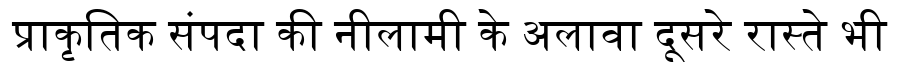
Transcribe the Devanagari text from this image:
प्राकृतिक संपदा की नीलामी के अलावा दूसरे रास्ते भी